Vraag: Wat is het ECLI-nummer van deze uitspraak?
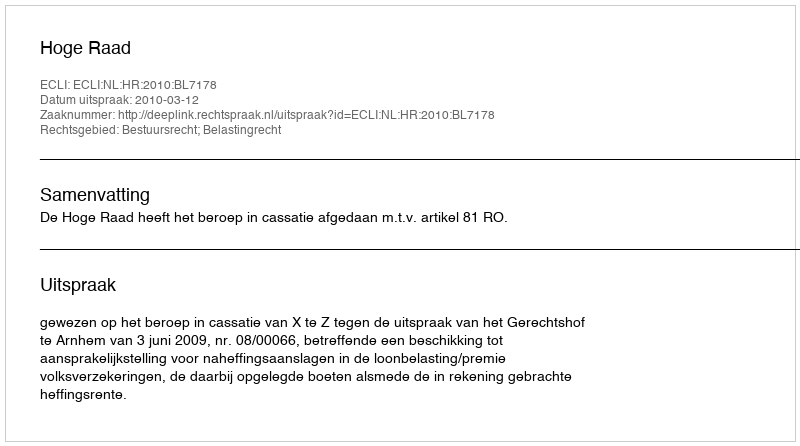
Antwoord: ECLI:NL:HR:2010:BL7178